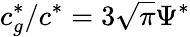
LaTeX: c_{g}^{*}/c^{*}=3\sqrt{\pi}\Psi^{*}